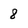
Character: 8